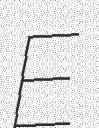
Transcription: E